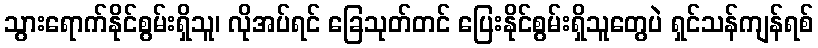
သွားရောက်နိုင်စွမ်းရှိသူ၊ လိုအပ်ရင် ခြေသုတ်တင် ပြေးနိုင်စွမ်းရှိသူတွေပဲ ရှင်သန်ကျန်ရစ်